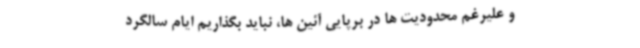
و علیرغم محدودیت ها در برپایی آئین ها، نباید بگذاریم ایام سالگرد